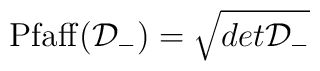
{\rm Pfaff}({\cal D}_{-})= \sqrt{det {\cal D}_{-}}